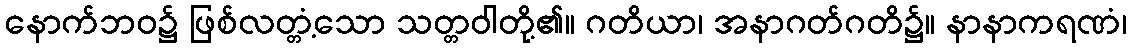
နောက်ဘဝ၌ ဖြစ်လတ္တံ့သော သတ္တဝါတို့၏။ ဂတိယာ၊ အနာဂတ်ဂတိ၌။ နာနာကရဏံ၊